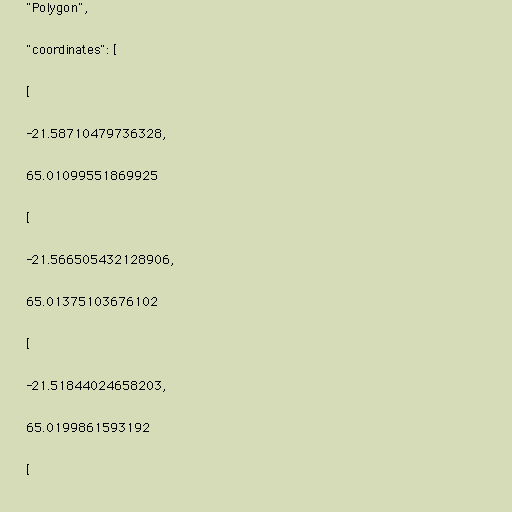
"Polygon",

"coordinates": [

[

-21.58710479736328,

65.01099551869925

[

-21.566505432128906,

65.01375103676102

[

-21.51844024658203,

65.0199861593192

[